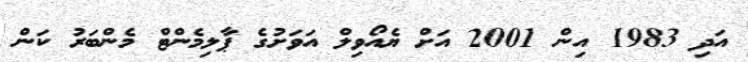
އަދި 1983 އިން 2001 އަށް ޔެއޯވިލް އަވަށުގެ ޕާލިމެންޓް މެންބަރު ކަން